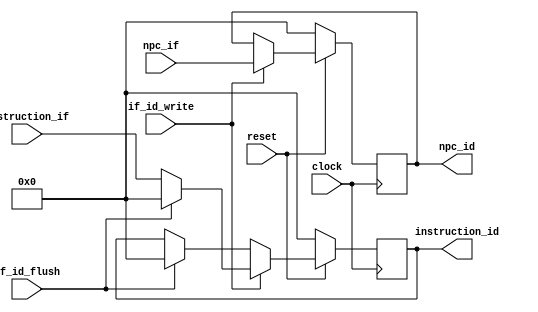
module if_id(clock,reset,npc_if,instruction_if,if_id_write,if_id_flush,npc_id,instruction_id);
	input clock;
	input reset;
	input [31:0] npc_if;
	input [31:0] instruction_if;
	input if_id_write;
	input if_id_flush;
	output reg [31:0] npc_id;
	output reg [31:0] instruction_id;
	always@(posedge clock)
	begin
		if(reset==0)
		begin
			npc_id			<=	0;
			instruction_id	<=	0;
		end
		else if(if_id_write)
		begin
			npc_id			<=	npc_if;
			instruction_id	<=	if_id_flush	?	0	:	instruction_if;
		end
		else
		begin
			npc_id			<=	npc_id;
			instruction_id	<=	if_id_flush	?	0	:	instruction_id;
		end
	end
endmodule